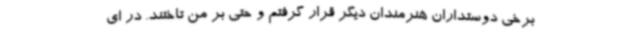
برخی دوستداران هنرمندان دیگر قرار گرفتم و حتی بر من تاختند. در ای